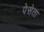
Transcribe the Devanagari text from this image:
पेसेता